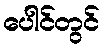
ပေါင်တွင်